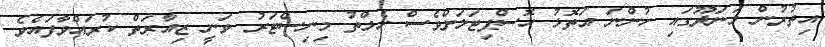
އިތުރުން މަނަދޫގައި ހުންނަ އަތޮޅު ހޮސްޕިޓަލަށްވެސް ހެލްތު މިނިސްޓަރު ވަނީ ޒިއާރަތް ކުރައްވާފައެވެ.